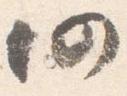
仍